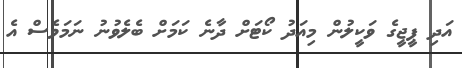
އަދި ޕީޖީގެ ވަކީލުން މިއަދު ކޯޓަށް ދާނެ ކަމަށް ބެލެވުނު ނަމަވެސް އެ